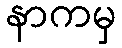
နာကမှ